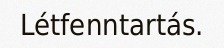
Létfenntartás.